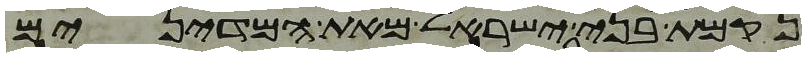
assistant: נקמת בני ישראל מאת המדינים